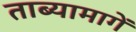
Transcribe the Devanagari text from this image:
ताब्यामागें